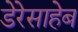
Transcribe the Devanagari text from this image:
डेरेसाहेब